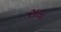
સલા